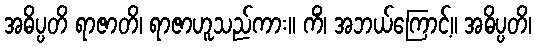
အဓိပ္ပတိ ရာဇာတိ၊ ရာဇာဟူသည်ကား။ ကိံ၊ အဘယ်ကြောင့်။ အဓိပ္ပတိ၊